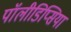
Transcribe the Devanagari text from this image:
पॉलीडिप्सिया